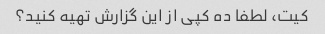
کیت، لطفا ده کپی از این گزارش تهیه کنید؟